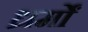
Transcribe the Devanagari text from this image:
ध्रर्मों